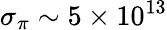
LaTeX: \sigma_{\pi}\sim 5\times 10^{13}